Report on the bubonic plague in Bombay, 1896-1897
Year: 1896
Disease focus: Plague
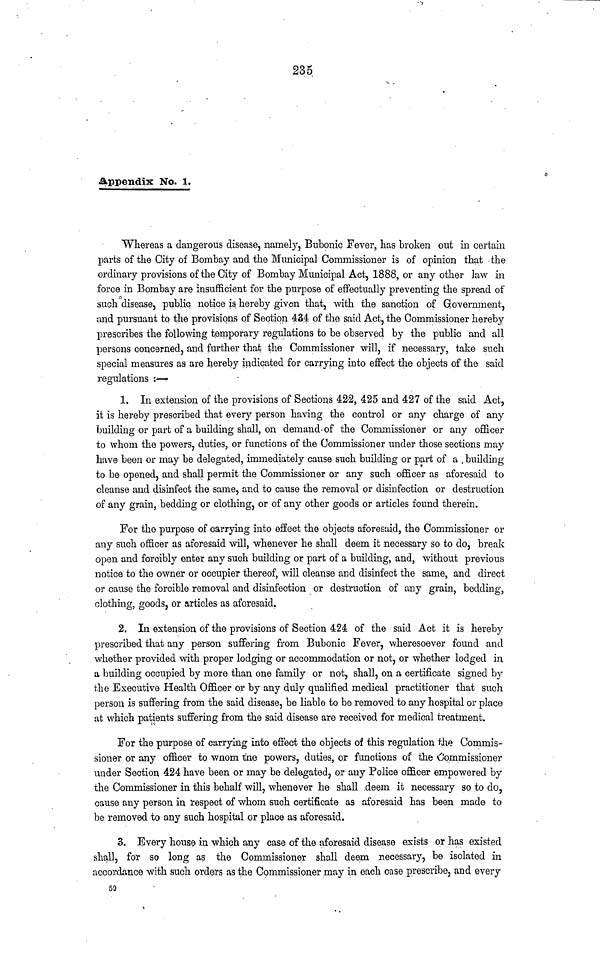
235
Appendix No. 1.
Whereas a dangerous disease, namely, Bubonic Fever, has broken out in certain
parts of the City of Bombay and the Municipal Commissioner is of opinion that the
ordinary provisions of the City of Bombay Municipal Act, 1888, or any other law in
force in Bombay are insufficient for the purpose of effectually preventing the spread of
such disease, public notice is hereby given that, with the sanction of Government,
and pursuant to the provisions of Section 434 of the said Act, the Commissioner hereby
prescribes the following temporary regulations to be observed by the public and all
persons concerned, and further that the Commissioner will, if necessary, take such
special measures as are hereby indicated for carrying into effect the objects of the said
regulations :—
1. In extension of the provisions of Sections 422, 425 and 427 of the said Act,
it is hereby prescribed that every person having the control or any charge of any
building or part of a building shall, on demand of the Commissioner or any officer
to whom the powers, duties, or functions of the Commissioner under those sections may
have been or may be delegated, immediately cause such building or part of a building
to be opened, and shall permit the Commissioner or any such officer as aforesaid to
cleanse and disinfect the same, and to cause the removal or disinfection or destruction
of any grain, bedding or clothing, or of any other goods or articles found therein.
For the purpose of carrying into effect the objects aforesaid, the Commissioner or
any such officer as aforesaid will, whenever he shall deem it necessary so to do, break
open and forcibly enter any such building or part of a building, and, without previous
notice to the owner or occupier thereof, will cleanse and disinfect the same, and direct
or cause the forcible removal and disinfection or destruction of any grain, bedding,
clothing, goods, or articles as aforesaid.
2. In extension of the provisions of Section 424 of the said Act it is hereby
prescribed that any person suffering from Bubonic Fever, wheresoever found and
whether provided with proper lodging or accommodation or not, or whether lodged in
a building occupied by more than one family or not, shall, on a certificate signed by
the Executive Health Officer or by any duly qualified medical practitioner that such
person is suffering from the said disease, be liable to be removed to any hospital or place
at which patients suffering from the said disease are received for medical treatment.
For the purpose of carrying into effect the objects of this regulation the Commis-
sioner or any officer to wnom the powers, duties, or functions of the Commissioner
under Section 424 have been or may be delegated, or any Police officer empowered by
the Commissioner in this behalf will, whenever he shall deem it necessary so to do,
cause any person in respect of whom such certificate as aforesaid has been made to
be removed to any such hospital or place as aforesaid.
3. Every house in which any case of the aforesaid disease exists or has existed
shall, for so long as the Commissioner shall deem necessary, be isolated in
accordance with such orders as the Commissioner may in each case prescribe, and every
59